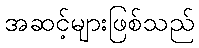
အဆင့်များဖြစ်သည်